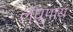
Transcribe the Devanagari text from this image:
लघुपाय